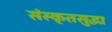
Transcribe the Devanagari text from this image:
संस्कृतसुद्धा